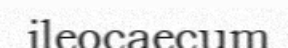
ileocaecum